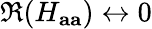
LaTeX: \Re(H_{\mathbf{aa}})\leftrightarrow 0